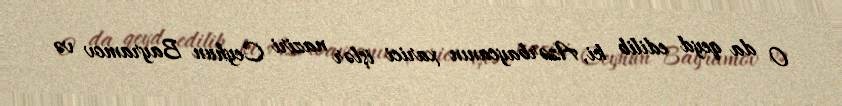
O da qeyd edilib ki, Azərbaycanın xarici işlər naziri Ceyhun Bayramov və